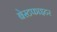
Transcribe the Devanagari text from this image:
बेस्टफाइटर